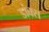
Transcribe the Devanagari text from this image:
डांक्स